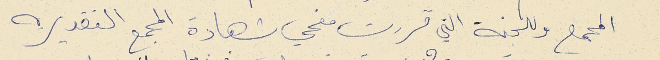
المجمع وللجنة التي قررت منحي شهادة المجمع التقديريه